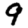
Digit: 9